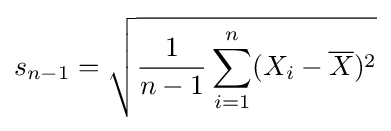
s_{n-1}={\sqrt {{\frac {1}{n-1}}\sum _{i=1}^{n}(X_{i}-{\overline {X}})^{2}}}